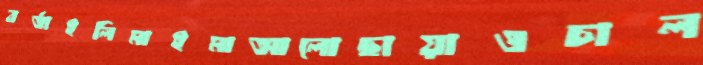
বর্তাইলিমাইমাআলোছায়াওচাল